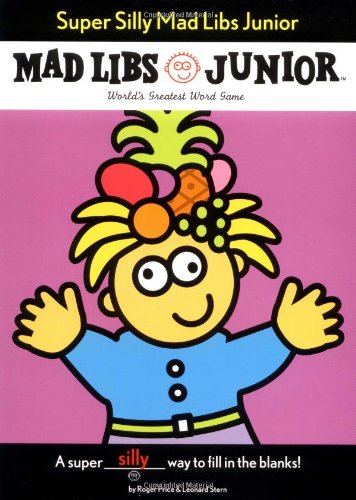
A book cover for Super Silly Mad Libs Junior; Roger Price; Children's Books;